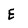
Character: E